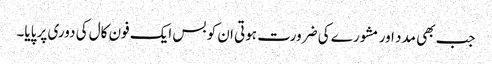
جب بھی مدد اور مشورے کی ضرورت ہوتی ان کو بس ایک فون کال کی دوری پر پایا۔